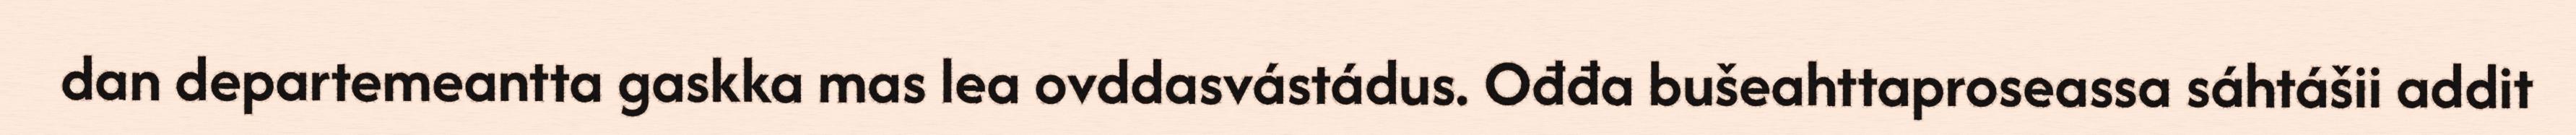
dan departemeantta gaskka mas lea ovddasvástádus. Ođđa bušeahttaproseassa sáhtášii addit